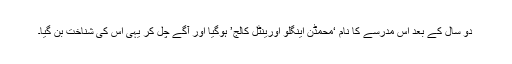
دو سال کے بعد اس مدرسے کا نام ‘محمڈن اینگلو اورینٹل کالج’ ہوگیا اور آگے چل کر یہی اس کی شناخت بن گیا۔